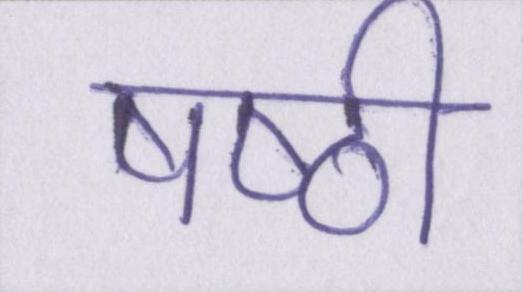
षष्ठी